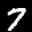
Label: 7